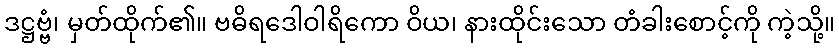
ဒဋ္ဌဗ္ဗံ၊ မှတ်ထိုက်၏။ ဗဓိရဒေါဝါရိကော ဝိယ၊ နားထိုင်းသော တံခါးစောင့်ကို ကဲ့သို့။